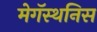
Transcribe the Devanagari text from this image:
मेगॅस्थनिस